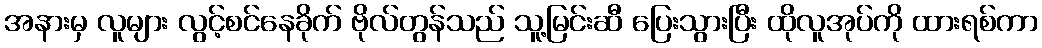
အနားမှ လူများ လွင့်စင်နေခိုက် ဗိုလ်တွန်သည် သူ့မြင်းဆီ ပြေးသွားပြီး ထိုလူအုပ်ကို ထားရစ်ကာ